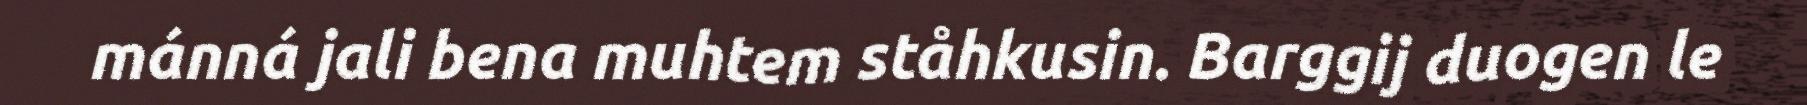
mánná jali bena muhtem ståhkusin. Barggij duogen le